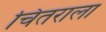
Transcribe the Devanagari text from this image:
चितराला